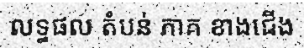
លទ្ធផល តំបន់ ភាគ ខាងជើង